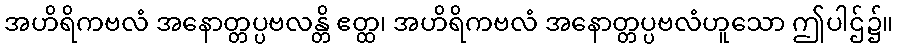
အဟိရိကဗလံ အနောတ္တပ္ပဗလန္တိ ဧတ္ထ၊ အဟိရိကဗလံ အနောတ္တပ္ပဗလံဟူသော ဤပါဌ်၌။